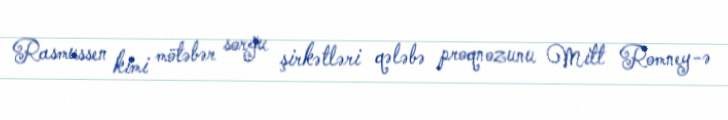
Rasmussen kimi mötəbər sorğu şirkətləri qələbə proqnozunu Mitt Romney-ə